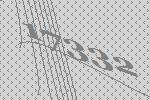
17332